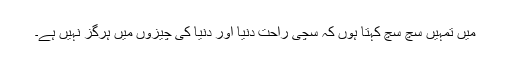
میں تمہیں سچ سچ کہتا ہوں کہ سچی راحت دنیا اور دنیا کی چیزوں میں ہرگز نہیں ہے۔